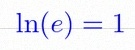
\ln(e)=1